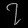
Digit: ၇